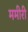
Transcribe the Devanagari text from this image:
ममीरी